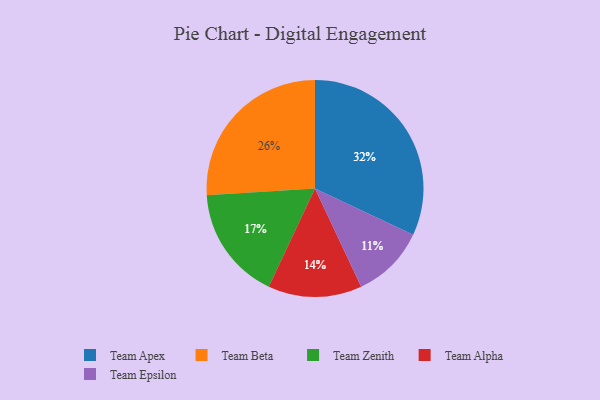
{"axis": {"x": "Category", "y": "Percentage"}, "legend": ["Team Alpha", "Team Apex", "Team Beta", "Team Epsilon", "Team Zenith"], "data": [{"x": "Team Alpha", "y": 14, "type": "Team Alpha"}, {"x": "Team Beta", "y": 26, "type": "Team Beta"}, {"x": "Team Apex", "y": 32, "type": "Team Apex"}, {"x": "Team Epsilon", "y": 11, "type": "Team Epsilon"}, {"x": "Team Zenith", "y": 17, "type": "Team Zenith"}]}